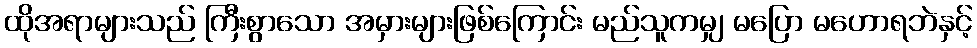
ထိုအရာများသည် ကြီးစွာသော အမှားများဖြစ်ကြောင်း မည်သူကမျှ မပြော မဟောရဘဲနှင့်